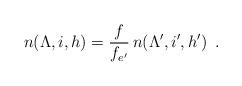
LaTeX: \begin{align*}n(\Lambda,i,h)=\frac{f}{f_{e'}}\,n(\Lambda',i',h')\enspace.\end{align*}